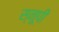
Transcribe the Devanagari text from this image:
स्नूपी